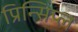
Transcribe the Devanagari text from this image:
प्रिन्सिप्ल